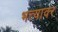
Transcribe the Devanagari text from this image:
भत्त्यावर